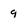
Character: 9